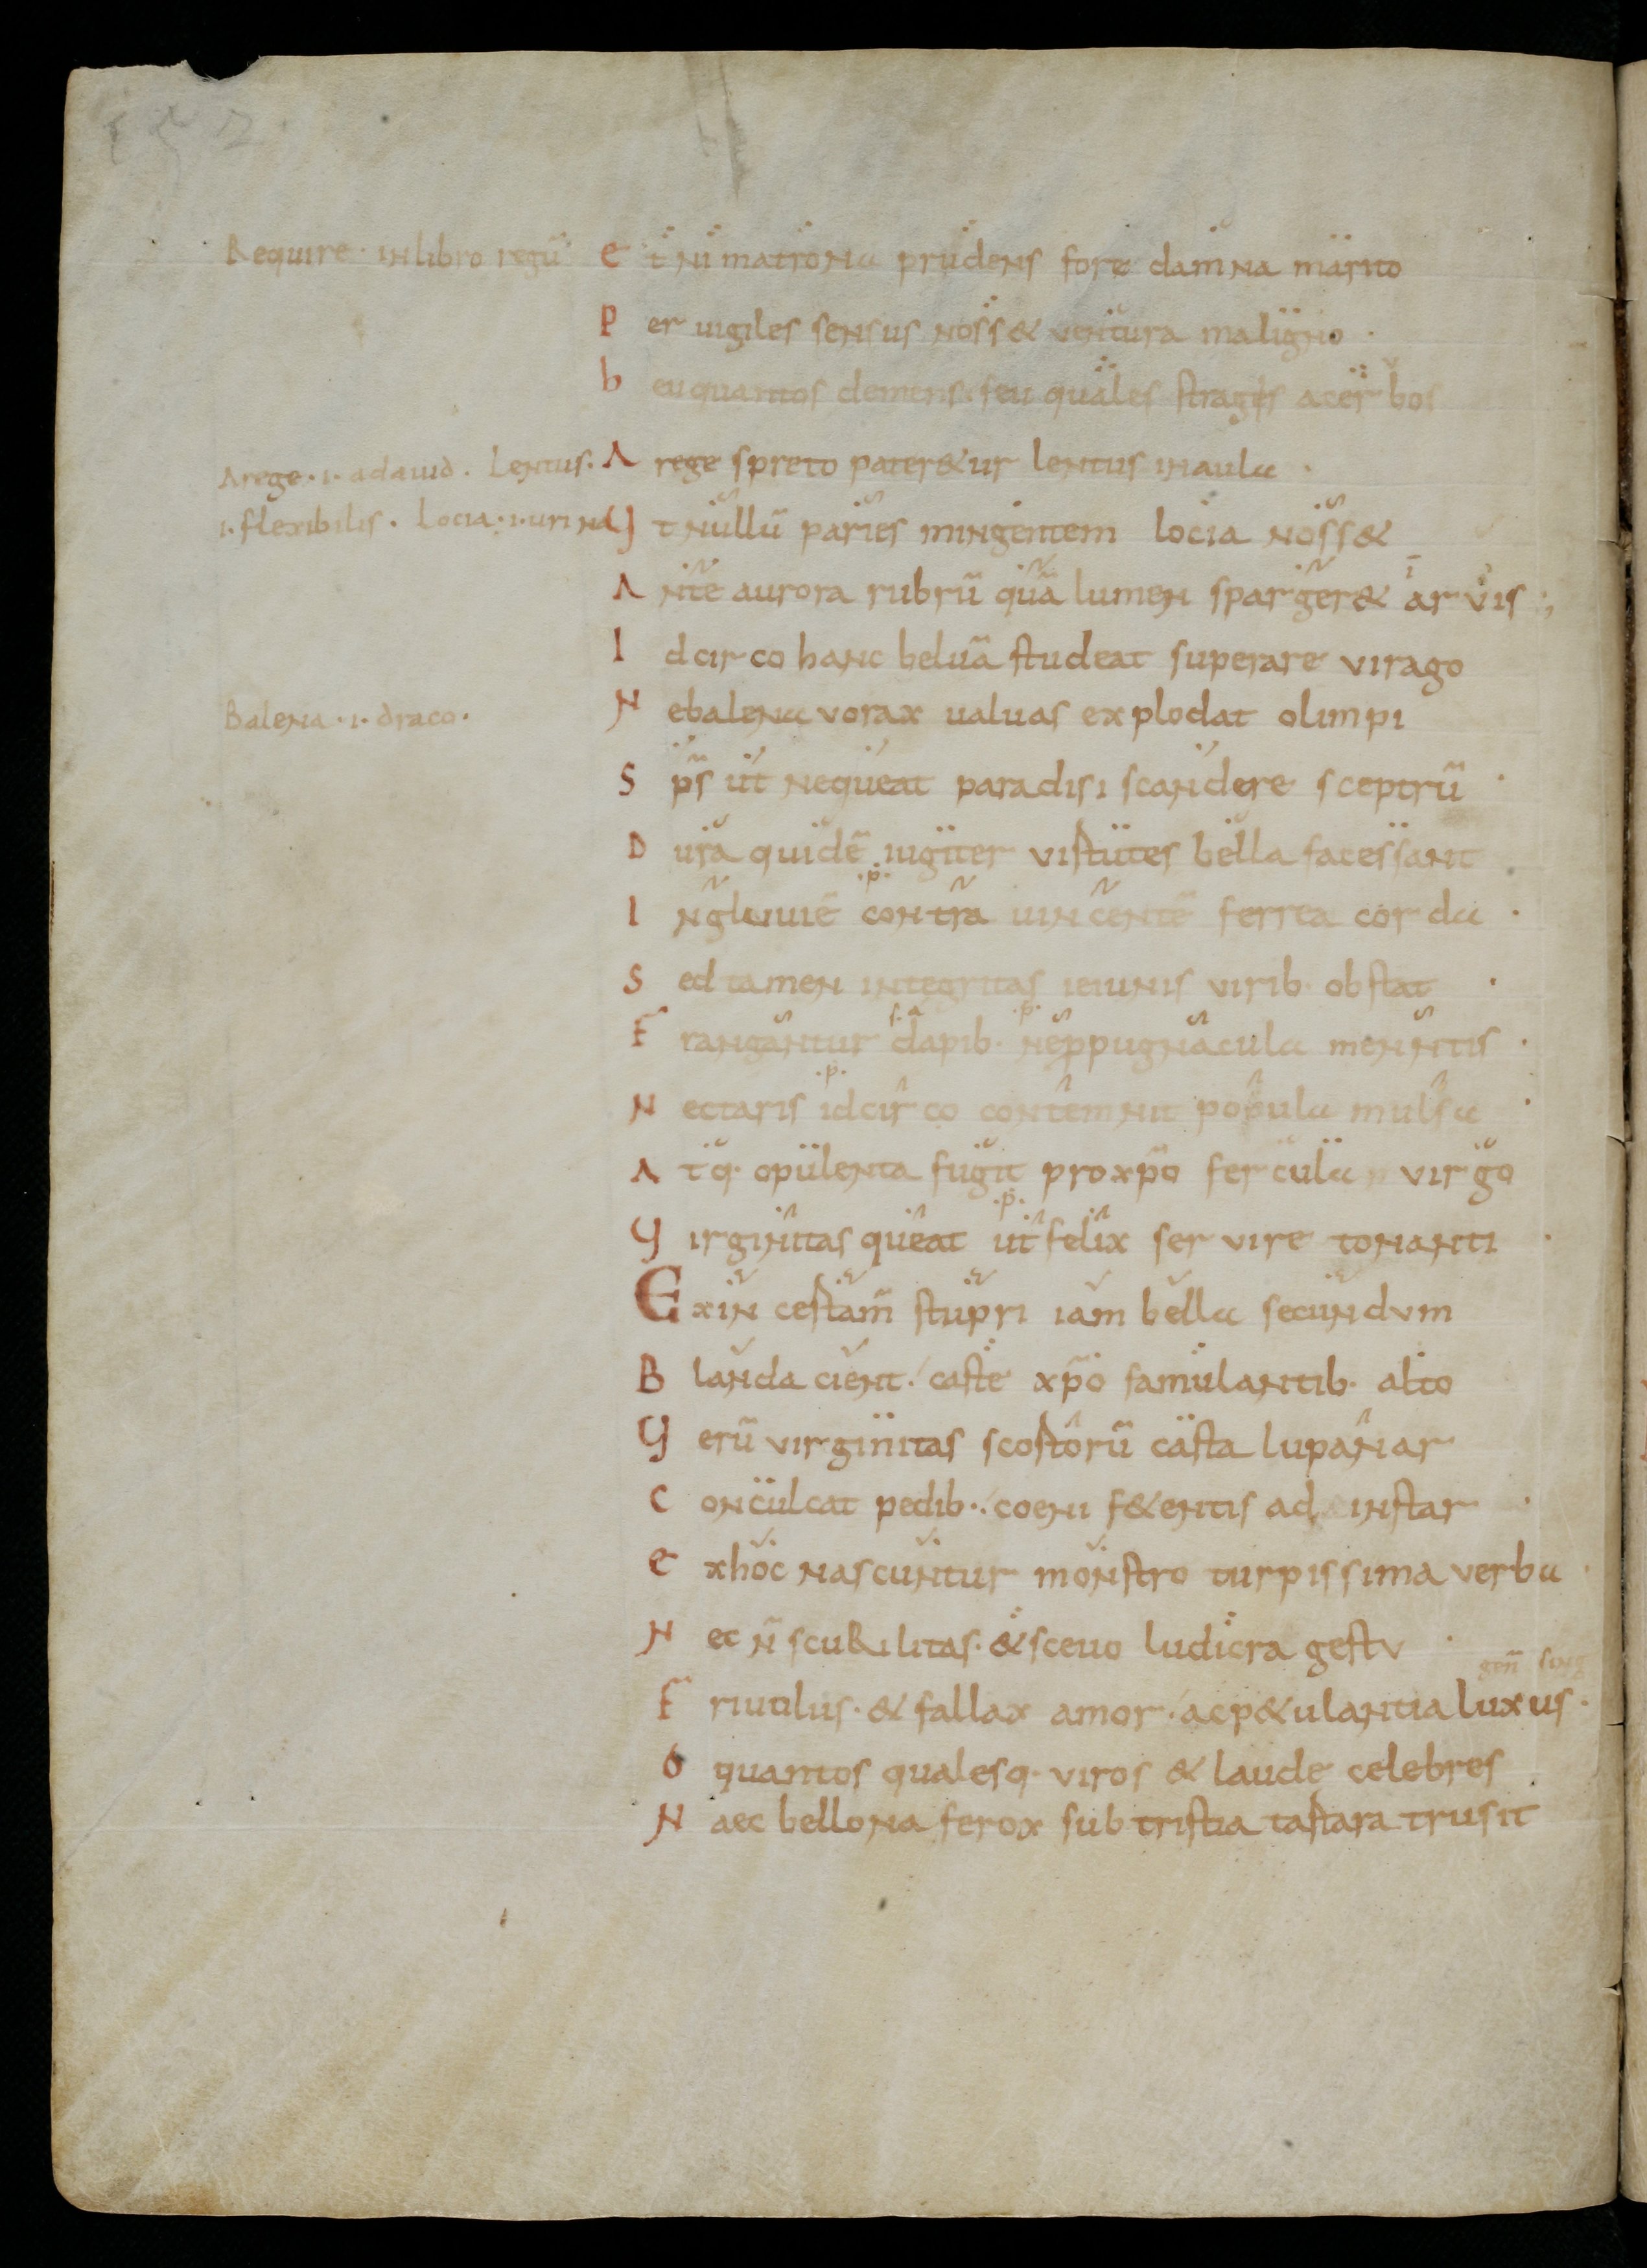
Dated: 900–999